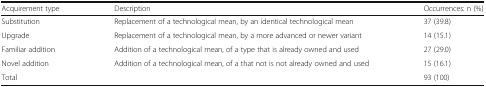
<table><thead><tr><td><b>Acquirement type</b></td><td><b>Description</b></td><td><b>Occurrences: n (%)</b></td></tr></thead><tbody><tr><td>Substitution</td><td>Replacement of a technological mean, by an identical technological mean</td><td>37 (39.8)</td></tr><tr><td>Upgrade</td><td>Replacement of a technological mean, by a more advanced or newer variant</td><td>14 (15.1)</td></tr><tr><td>Familiar addition</td><td>Addition of a technological mean, of a type that is already owned and used</td><td>27 (29.0)</td></tr><tr><td>Novel addition</td><td>Addition of a technological mean, of a that not is not already owned and used</td><td>15 (16.1)</td></tr><tr><td>Total</td><td></td><td>93 (100)</td></tr></tbody></table>